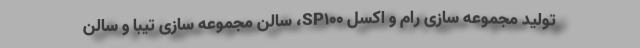
تولید مجموعه سازی رام و اَکسل SP100، سالن مجموعه سازی تیبا و سالن